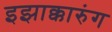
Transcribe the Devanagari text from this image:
इझाक्कारुंग